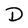
Character: D